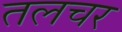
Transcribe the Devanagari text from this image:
तलचर